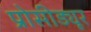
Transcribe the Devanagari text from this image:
प्रोसीड्यूर